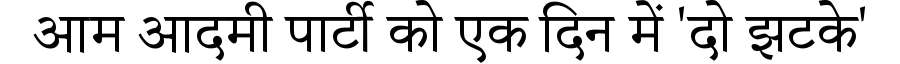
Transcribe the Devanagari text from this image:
आम आदमी पार्टी को एक दिन में 'दो झटके'